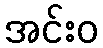
အင်းဝ